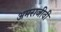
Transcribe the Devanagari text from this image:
अमराजीवी